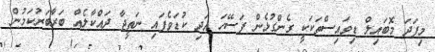
މިފަދަ މޮބައިލް ޑިވައިސްތަކަކީ ގެންގުޅެން ފަސޭހަ އަދި ކުޑަވެފައި ނަތީޖާ ދައްކާލެއް ބަރާބަރުކަމުން